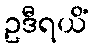
ဥဒီရယိံ